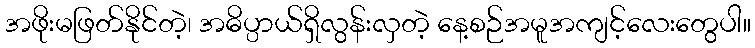
အဖိုးမဖြတ်နိုင်တဲ့၊ အဓိပ္ပာယ်ရှိလွန်းလှတဲ့ နေ့စဉ်အမူအကျင့်လေးတွေပါ။